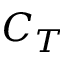
C _ { T }